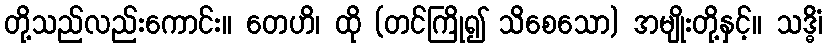
တို့သည်လည်းကောင်း။ တေဟိ၊ ထို (တင်ကြို၍ သိစေသော) အမျိုးတို့နှင့်။ သဒ္ဓိံ၊